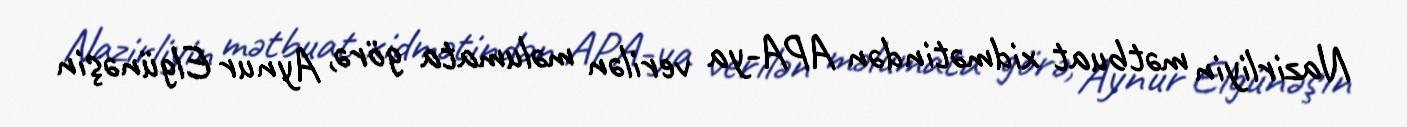
Nazirliyin mətbuat xidmətindən APA-ya verilən məlumata görə, Aynur Elgünəşin